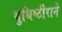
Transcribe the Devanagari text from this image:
युधिष्ठीराने